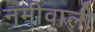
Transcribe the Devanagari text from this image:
नमीवाली